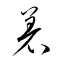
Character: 着